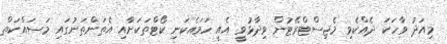
މިއަދު ވާހަކަ ދެއްކެވި މެޖިސްޓްރޭޓުން ވިދާޅުވީ އެއީ ހަމައެކަނި ކޯޓްތަކަށާއި އެތަންތަނުގައި މަސައްކަތް